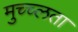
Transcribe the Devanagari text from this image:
मुच्च्लता